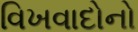
વિખવાદોનો